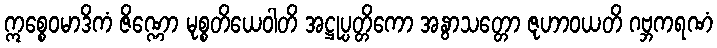
ဣစ္စေဝမာဒိကံ ဇိဏ္ဏော မုစ္စတိယေဝါတိ အဋ္ဌုပ္ပတ္တိကော အနွာသတ္တော ဇုဟာဝယတိ ဂဗ္ဘကရဏံ